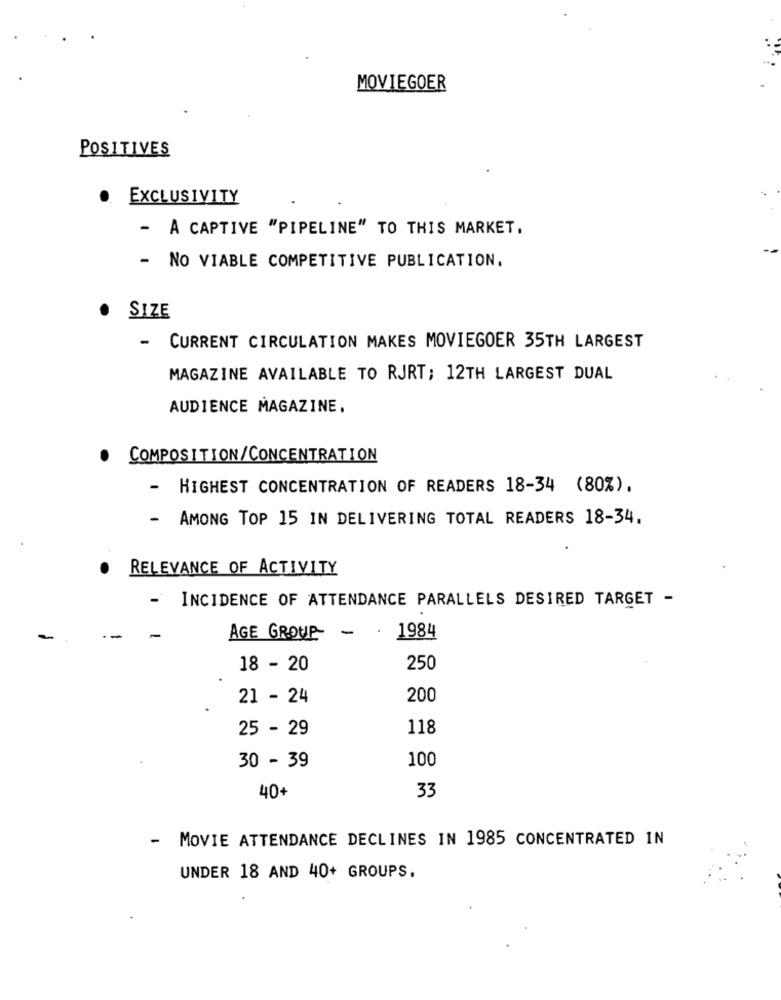
MOVIEGOER
POSITIVES
· EXCLUSIVITY
- A CAPTIVE "PIPELINE" TO THIS MARKET,
- NO VIABLE COMPETITIVE PUBLICATION.
· SIZE
- CURRENT CIRCULATION MAKES MOVIEGOER 35TH LARGEST
MAGAZINE AVAILABLE TO RJRT; 12TH LARGEST DUAL
AUDIENCE MAGAZINE.
.
COMPOSITION/CONCENTRATION
-
HIGHEST CONCENTRATION OF READERS 18-34 (80%).
-
AMONG TOP 15 IN DELIVERING TOTAL READERS 18-34.
.
RELEVANCE OF ACTIVITY
-
INCIDENCE OF ATTENDANCE PARALLELS DESIRED TARGET -
1984
AGE GROUP -.
18 - 20
250
21 - 24
200
25 - 29
118
30 - 39
100
40+
33
- MOVIE ATTENDANCE DECLINES IN 1985 CONCENTRATED IN
UNDER 18 AND 40+ GROUPS.